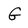
Character: G